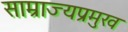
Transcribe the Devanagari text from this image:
साम्राज्यप्रमुख